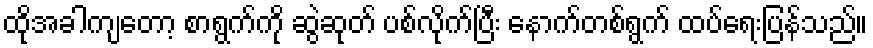
ထိုအခါကျတော့ စာရွက်ကို ဆွဲဆုတ် ပစ်လိုက်ပြီး နောက်တစ်ရွက် ထပ်ရေးပြန်သည်။